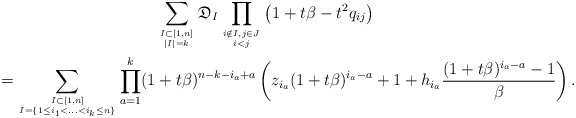
\begin{gather*} \sum_{I \subset [1,n] \atop |I|=k} \mathfrak{D}_{I} \prod_{i \notin I, j \in J \atop i < j} \big(1+t \beta-t^2 q_{ij}\big)\\ {}= \sum_{I \subset [1,n] \atop I=\{1 \le i_1 < \ldots < i_k \le n \}} \prod_{a= 1}^{k} (1+t \beta)^{n-k-i_{a}+a} \left(z_{i_{a}} (1+ t \beta)^{i_{a}-a} +1 + h_{i_{a}} \frac{(1+t \beta)^{i_{a}- a}-1}{\beta} \right).\end{gather*}